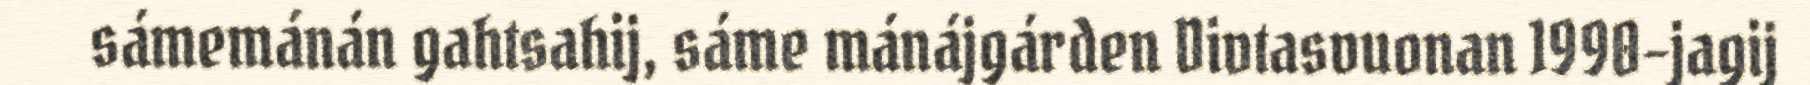
sámemánán gahtsahij, sáme mánájgárden Divtasvuonan 1990-jagij